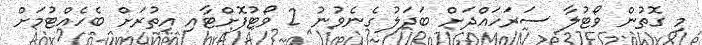
މި ގޮތުން ވޯޓުލާ ސަރަހައްދަށް ބަދަލު ގެނެވުނު 2 ވޯޓުފޮށްޓާއި އިތުރަށް ބެހެއްޓުމަށް